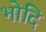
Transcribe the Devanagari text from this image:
भोदि